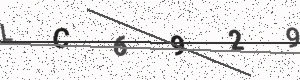
Text: LC6929